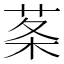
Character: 𦰏